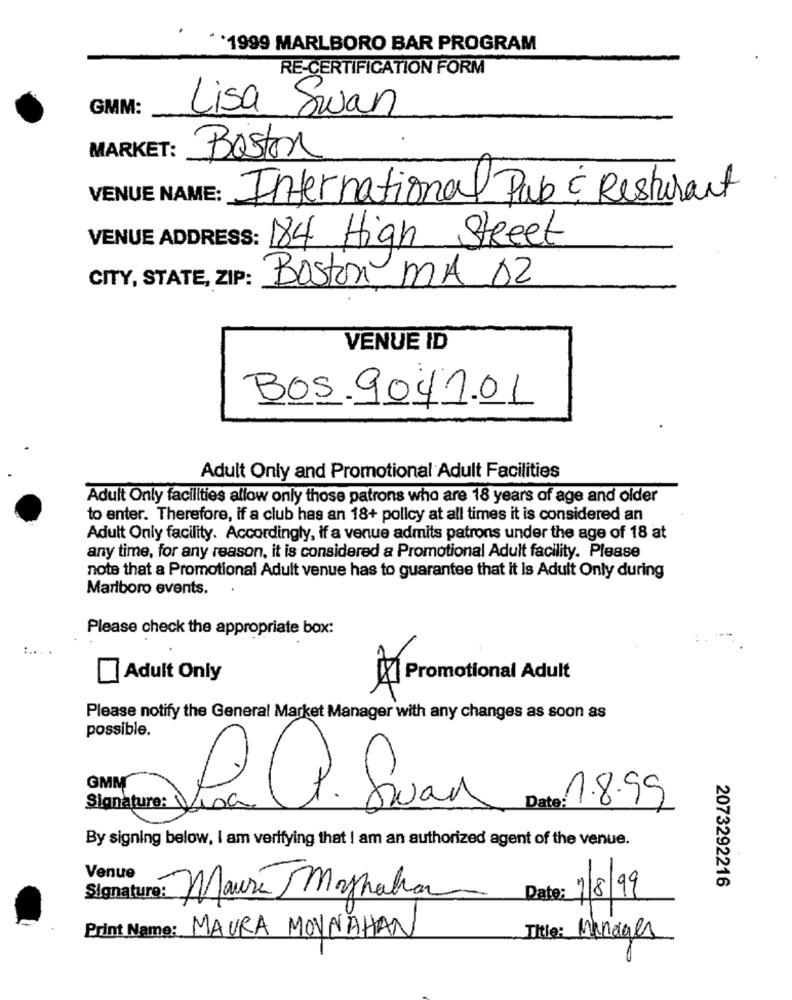
`1999 MARLBORO BAR PROGRAM
RE-CERTIFICATION FORM
GMM:
Lisa Swan
MARKET:
Boston
VENUE NAME:
International Pap & Restaurant
VENUE ADDRESS:
184 High Street
CITY, STATE, ZIP:
Boston MA 02
VENUE ID
BOS.9041.01
Adult Only and Promotional Adult Facilities
Adult Only facilities allow only those patrons who are 18 years of age and older
to enter. Therefore, if a club has an 18+ policy at all times it is considered an
Adult Only facility. Accordingly, if a venue admits patrons under the age of 18 at
any time, for any reason, it is considered a Promotional Adult facility. Please
note that a Promotional Adult venue has to guarantee that it Is Adult Only during
Marlboro events.
Please check the appropriate box:
Adult Only
Promotional Adult
Please notify the General Market Manager with any changes as soon as
Signature:
Date: 1.8.99
La. Swan
By signing below, I am verifying that I am an authorized agent of the venue.
Venue
2073292216
Signature: Mauri Moynahan
Date: 7/8/99
Print Name: MAURA MOYNAHAN
Title: Manages